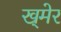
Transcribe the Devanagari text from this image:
ख्‌मेर